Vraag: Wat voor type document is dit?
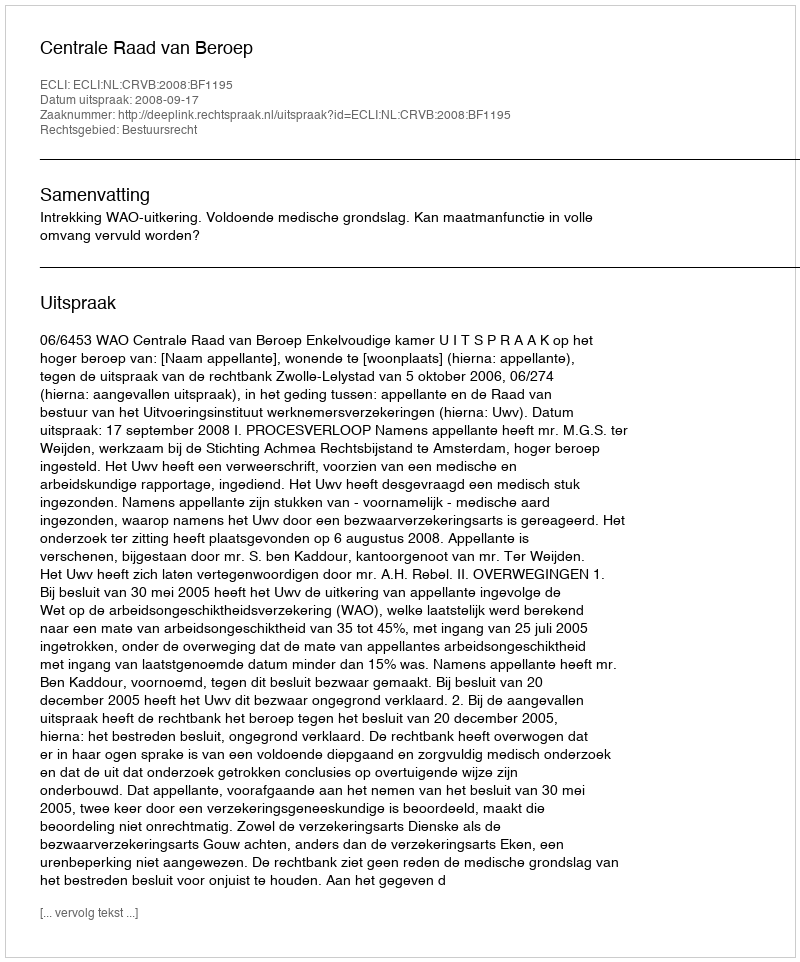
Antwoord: Uitspraak